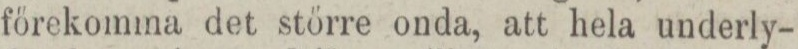
förekomma det större onda, att hela underly-